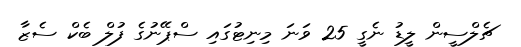
ޗެލްސީން ލީޑު ނެގީ 25 ވަނަ މިނިޓުގައި ސްޕޭނުގެ ފުލް ބެކް ސެޒާ